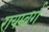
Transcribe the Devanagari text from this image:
रायम्बर्ग